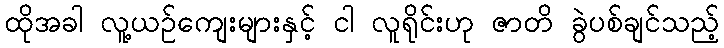
ထိုအခါ လူ့ယဉ်ကျေးများနှင့် ငါ လူရိုင်းဟု ဇာတိ ခွဲပစ်ချင်သည့်